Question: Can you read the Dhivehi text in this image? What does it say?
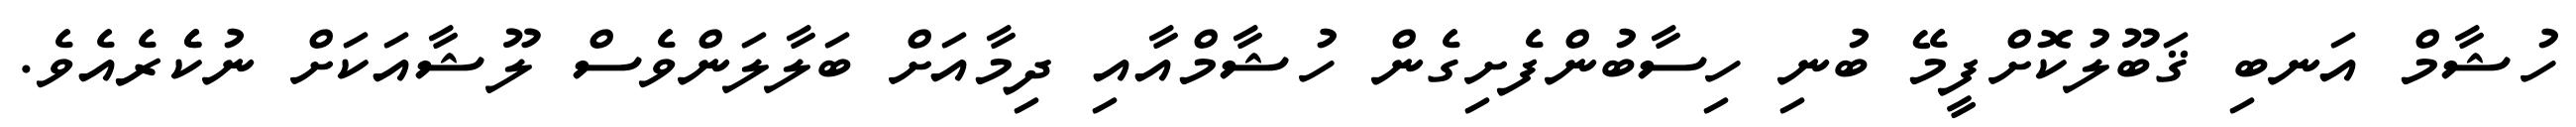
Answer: ހުޝާމް އަނބި ޤަބޫލުކޮށްފީމޭ ބުނި ހިސާބުންފެށިގެން ހުޝާމްއާއި ދިމާއަށް ބަލާލަންވެސް ލޫޝާއަކަށް ނުކެެރެއެވެ.